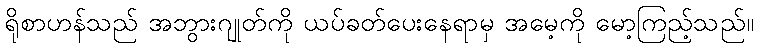
ရိုစာဟန်သည် အဘွားဂျုတ်ကို ယပ်ခတ်ပေးနေရာမှ အမေ့ကို မော့ကြည့်သည်။